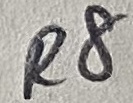
Text: R8